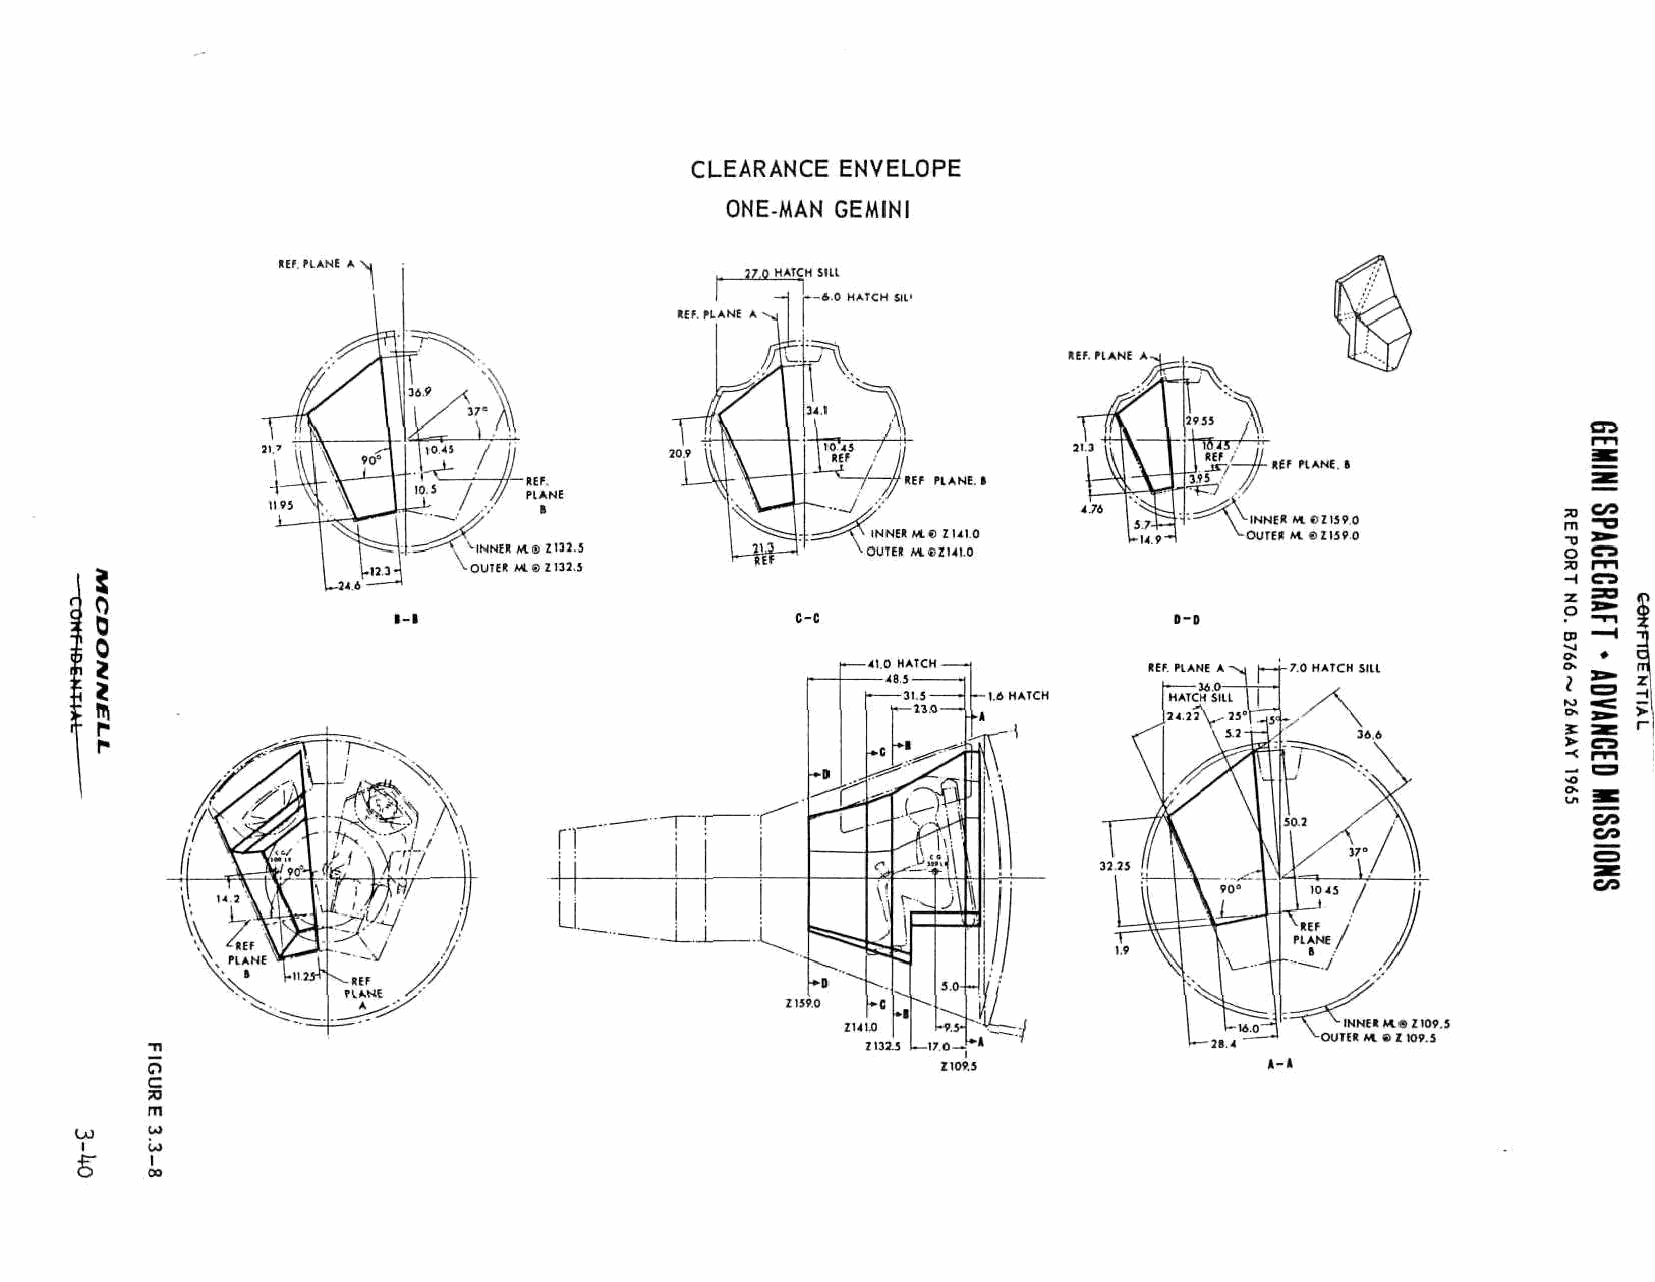
CLEARANCE ENVELOPE
 ONE-MAN GEMINI
 HEP. HANE A
 ;?o HATCH sin
 —\ k-6.0 HATCH Sll1
 MP. PLANE A
 HEP. HANE: AA -j
 213
 «£
 INNER
 INNE« M.0 IUI.0         OUTEK
 INNEI At® Z 132.3        OUTER M.OZMI.0
 OUTEH MIS ZI3IJ
 c-c                      D-D
 HEP PIANE A
 m
 r
 r
 A
 \
 I -. l/r\
 mw      i
 --HEP
 PIANE
 o                                                                         »-
 c
 JO
 m
 (jj
 I
 CO